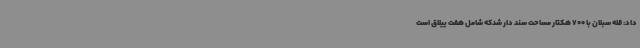
داد: قله سبلان با 700 هکتار مساحت سند دار شدکه شامل هفت ییلاق است